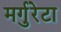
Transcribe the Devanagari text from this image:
मर्गुरेटा